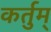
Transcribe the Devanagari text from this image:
कर्तुम्